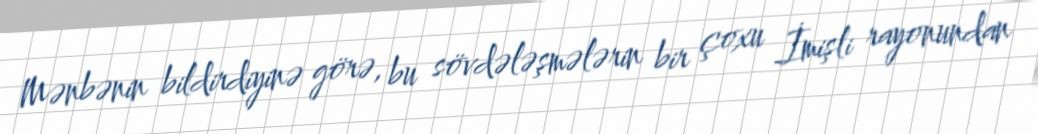
Mənbənin bildirdiyinə görə, bu sövdələşmələrin bir çoxu İmişli rayonundan